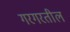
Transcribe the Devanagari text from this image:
गरगरतील